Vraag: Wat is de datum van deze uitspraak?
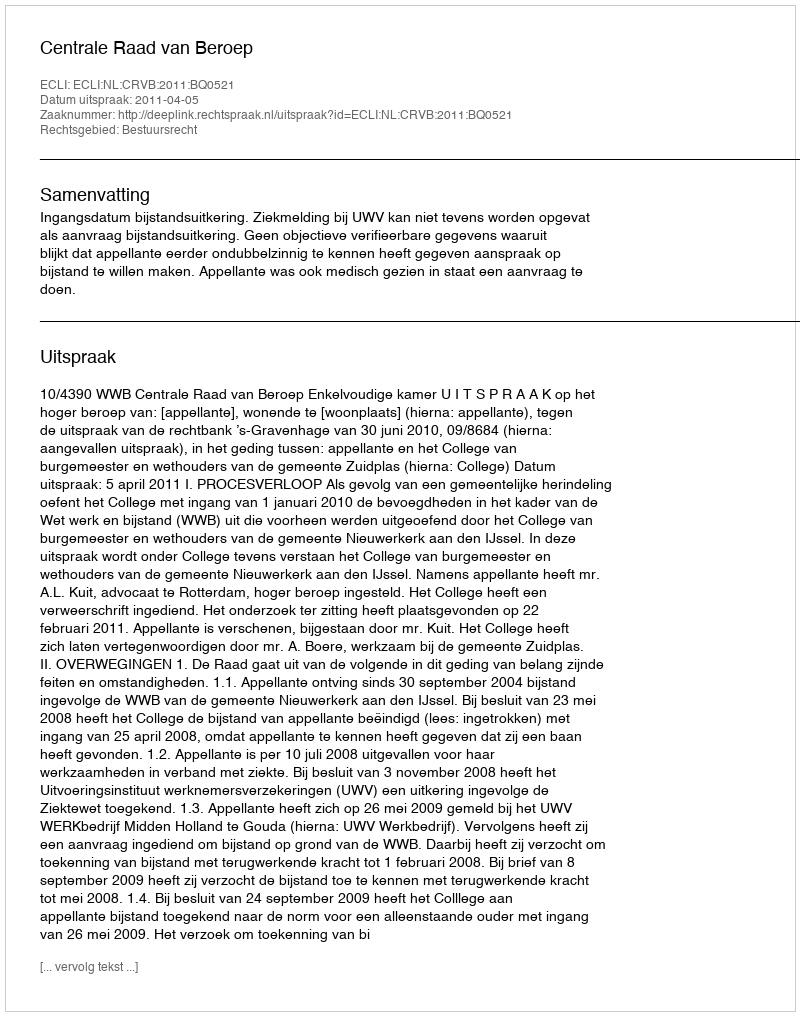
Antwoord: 2011-04-05